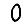
Digit: 0